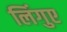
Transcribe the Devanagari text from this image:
लिंगुए